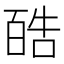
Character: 𪡬